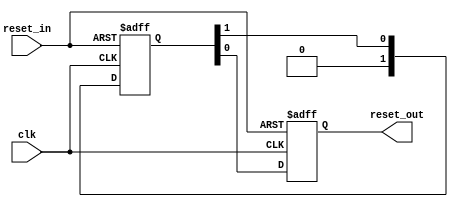
// (C) 2001-2016 Intel Corporation. All rights reserved.
// Your use of Intel Corporation's design tools, logic functions and other 
// software and tools, and its AMPP partner logic functions, and any output 
// files any of the foregoing (including device programming or simulation 
// files), and any associated documentation or information are expressly subject 
// to the terms and conditions of the Intel Program License Subscription 
// Agreement, Intel MegaCore Function License Agreement, or other applicable 
// license agreement, including, without limitation, that your use is for the 
// sole purpose of programming logic devices manufactured by Intel and sold by 
// Intel or its authorized distributors.  Please refer to the applicable 
// agreement for further details.


// $Id: //acds/rel/16.1/ip/merlin/altera_reset_controller/altera_reset_synchronizer.v#1 $
// $Revision: #1 $
// $Date: 2016/08/07 $
// $Author: swbranch $

// -----------------------------------------------
// Reset Synchronizer
// -----------------------------------------------
`timescale 1 ns / 1 ns

module altera_reset_synchronizer
#(
    parameter ASYNC_RESET = 1,
    parameter DEPTH       = 2
)
(
    input   reset_in /* synthesis ALTERA_ATTRIBUTE = "SUPPRESS_DA_RULE_INTERNAL=R101" */,

    input   clk,
    output  reset_out
);

    // -----------------------------------------------
    // Synchronizer register chain. We cannot reuse the
    // standard synchronizer in this implementation 
    // because our timing constraints are different.
    //
    // Instead of cutting the timing path to the d-input 
    // on the first flop we need to cut the aclr input.
    // 
    // We omit the "preserve" attribute on the final
    // output register, so that the synthesis tool can
    // duplicate it where needed.
    // -----------------------------------------------
    (*preserve*) reg [DEPTH-1:0] altera_reset_synchronizer_int_chain;
    reg altera_reset_synchronizer_int_chain_out;

    generate if (ASYNC_RESET) begin

        // -----------------------------------------------
        // Assert asynchronously, deassert synchronously.
        // -----------------------------------------------
        always @(posedge clk or posedge reset_in) begin
            if (reset_in) begin
                altera_reset_synchronizer_int_chain <= {DEPTH{1'b1}};
                altera_reset_synchronizer_int_chain_out <= 1'b1;
            end
            else begin
                altera_reset_synchronizer_int_chain[DEPTH-2:0] <= altera_reset_synchronizer_int_chain[DEPTH-1:1];
                altera_reset_synchronizer_int_chain[DEPTH-1] <= 0;
                altera_reset_synchronizer_int_chain_out <= altera_reset_synchronizer_int_chain[0];
            end
        end

        assign reset_out = altera_reset_synchronizer_int_chain_out;
     
    end else begin

        // -----------------------------------------------
        // Assert synchronously, deassert synchronously.
        // -----------------------------------------------
        always @(posedge clk) begin
            altera_reset_synchronizer_int_chain[DEPTH-2:0] <= altera_reset_synchronizer_int_chain[DEPTH-1:1];
            altera_reset_synchronizer_int_chain[DEPTH-1] <= reset_in;
            altera_reset_synchronizer_int_chain_out <= altera_reset_synchronizer_int_chain[0];
        end

        assign reset_out = altera_reset_synchronizer_int_chain_out;
 
    end
    endgenerate

endmodule